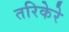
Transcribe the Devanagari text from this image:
तरिकेरे